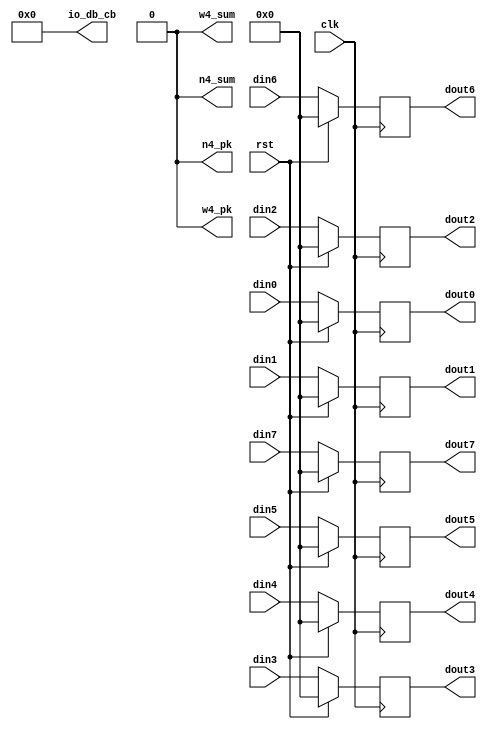
//*****************************************************************************
// File    : 
// Project :        
// Tool    : Xilinx Vivado 2015.2
//
// Modify history
// Version :
// Date    :
// Note    :
//*****************************************************************************

module pk_proc
(
   input              clk      ,
   input              rst      ,
   input      [15:0]  din0     ,
   input      [15:0]  din1     ,
   input      [15:0]  din2     ,
   input      [15:0]  din3     , 
   input      [15:0]  din4     ,
   input      [15:0]  din5     ,
   input      [15:0]  din6     ,
   input      [15:0]  din7     , 
   output reg [15:0]  dout0    ,
   output reg [15:0]  dout1    ,   
   output reg [15:0]  dout2    ,   
   output reg [15:0]  dout3    ,   
   output reg [15:0]  dout4    ,   
   output reg [15:0]  dout5    ,   
   output reg [15:0]  dout6    ,   
   output reg [15:0]  dout7    ,
//   input              zyt1     , 
//   input              zyt2     , 
//   input              zyt3     ,                  
   output     [7:0]   io_db_cb , 
//   input              kn       , 
//   input              kw       , 
   output             n4_sum   , 
   output             n4_pk    , 
   output             w4_sum   , 
   output             w4_pk                                  
 );
///*********************************************************************
///internal reg singals
///*********************************************************************
//  reg [15:0] datain0;
      
///*********************************************************************
///internal wire singals
///*********************************************************************
//  wire [16:0] datain0;
 
///*********************************************************************
///ADC clock domain to 250M clock domain
///*********************************************************************
assign io_db_cb = 8'b0;
assign n4_sum   = 1'b0;
assign n4_pk    = 1'b0;
assign w4_sum   = 1'b0;
assign w4_pk    = 1'b0;

always @(posedge clk)
  if(rst) begin
      dout0 <= 16'b0;
      dout1 <= 16'b0;
      dout2 <= 16'b0;
      dout3 <= 16'b0;
      dout4 <= 16'b0;
      dout5 <= 16'b0;
      dout6 <= 16'b0;
      dout7 <= 16'b0;      	
  end
  else begin
      dout0 <= din0;
      dout1 <= din1;
      dout2 <= din2;
      dout3 <= din3;
      dout4 <= din4;
      dout5 <= din5;
      dout6 <= din6;
      dout7 <= din7;      	
  end   

endmodule